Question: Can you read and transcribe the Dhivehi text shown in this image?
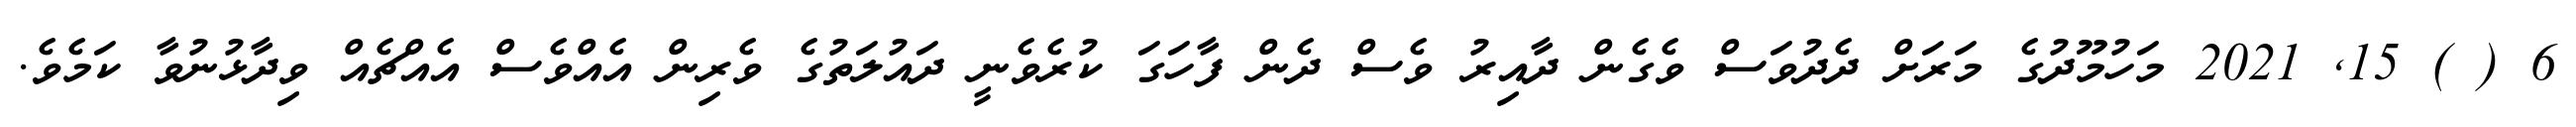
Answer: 6 ( ) 15, 2021 މަހުމޫދުގެ މަރަށް ދެދުވަސް ވެގެން ދާއިރު ވެސް ދެން ފާހަގަ ކުރެވެނީ ދައުލަތުގެ ވެރިން އެއްވެސް އެއްޗެއް ވިދާޅުނުވާ ކަމެވެ.